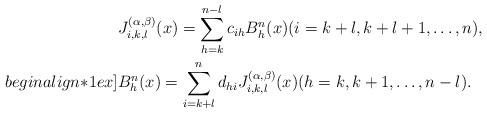
LaTeX: \begin{align*}&J_{i,k,l}^{(\alpha,\beta)}(x) = \sum_{h=k}^{n-l} c_{ih}B_h^n(x) (i = k+l,k+l+1,\ldots,n),\\begin{align*}1ex]&B_h^n(x) = \sum_{i=k+l}^{n} d_{hi}J_{i,k,l}^{(\alpha,\beta)}(x) (h = k,k+1,\ldots,n-l).\end{align*}